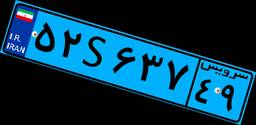
۵۲S۶۳۷۴۹